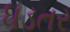
ધડતર